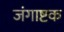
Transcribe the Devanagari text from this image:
जंगाष्टक